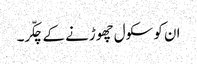
ان کو سکول چھوڑنے کے چکّر۔